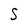
Character: S